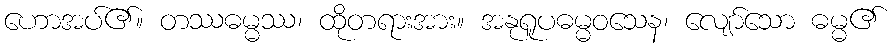
ဟောအပ်၏။ တဿဓမ္မဿ၊ ထိုတရားအား။ အနုရူပဓမ္မဝသေန၊ လျော်သော ဓမ္မ၏